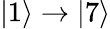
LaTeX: |1\rangle\rightarrow|7\rangle